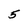
Character: 5